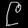
Digit: ၉